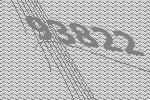
93822